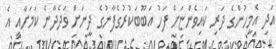
އަދި އެމީހުންގެ ދަރި ކައިވެންޏަށް ފަހު އަބޫބަކުރުގެފާނުގެ ދީނަށް ވަދެދާނެ ކަމަށާއި އެ